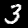
Label: 3